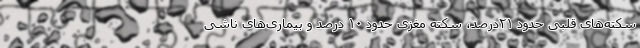
سکته‌های قلبی حدود ۲۱درصد، سکته مغزی حدود ۱۰ درصد و بیماری‌های ناشی